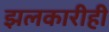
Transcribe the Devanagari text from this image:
झलकारीही